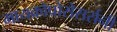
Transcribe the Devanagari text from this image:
मायक्रोप्रोसेसर्सनी